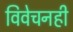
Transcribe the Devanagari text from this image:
विवेचनही